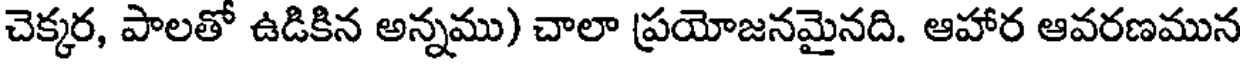
చెక్కర, పాలతో ఉడికిన అన్నము) చాలా ప్రయోజనమైనది. ఆహార ఆవరణమున